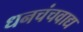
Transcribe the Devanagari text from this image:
धनचंचवाद्य